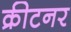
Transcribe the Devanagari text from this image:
क्रीटनर